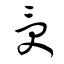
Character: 受